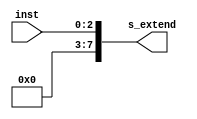
`timescale 1ns / 1ps
module SignExtend (inst, s_extend);

	input [2:0] inst;
	output reg [7:0] s_extend;

	always @(inst) begin
		s_extend[7:0] = inst[2:0];
	end
endmodule